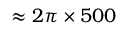
\approx 2 \pi \times 5 0 0